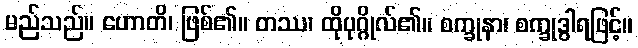
မည်သည်။ ဟောတိ၊ ဖြစ်၏။ တဿ၊ ထိုပုဂ္ဂိုလ်၏။ စက္ခုနာ၊ စက္ခုဒွါရဖြင့်။